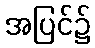
အပြင်၌